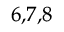
^ { 6 , 7 , 8 }